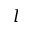
l